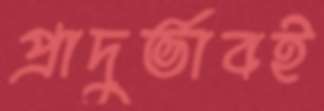
প্রাদুর্ভাবই